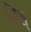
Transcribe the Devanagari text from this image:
निस्‌